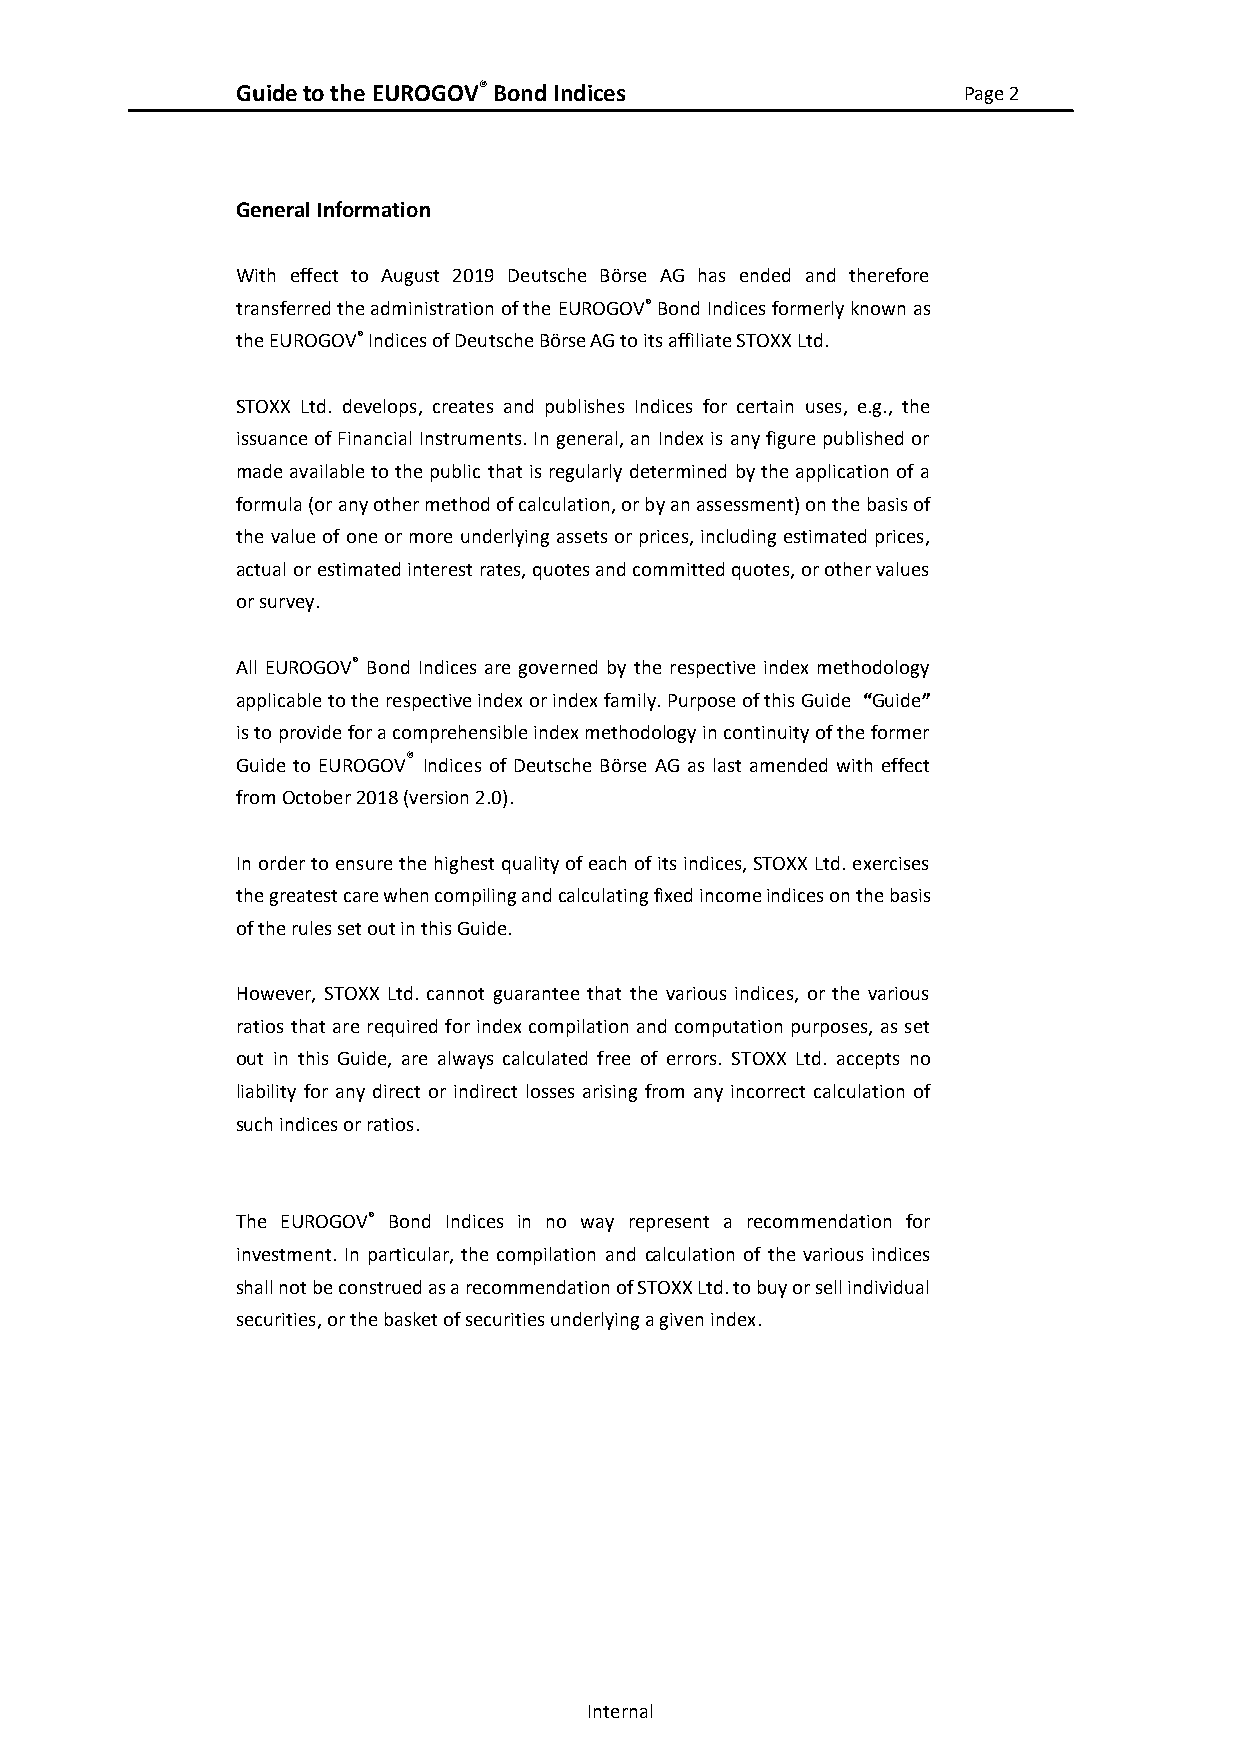
Guide to the EUROGOV® Bond Indices              Page 2
 General Information
 With effect to August 2019 Deutsche Börse AG has ended and therefore
 transferred the administration of the EUROGOV® Bond Indices formerly known as
 the EUROGOV® Indices of Deutsche Börse AG to its affiliate STOXX Ltd.
 STOXX Ltd. develops, creates and publishes Indices for certain uses, e.g., the
 issuance of Financial Instruments. In general, an Index is any figure published or
 made available to the public that is regularly determined by the application of a
 formula (or any other method of calculation, or by an assessment) on the basis of
 the value of one or more underlying assets or prices, including estimated prices,
 actual or estimated interest rates, quotes and committed quotes, or other values
 or survey.
 All EUROGOV® Bond Indices are governed by the respective index methodology
 applicable to the respective index or index family. Purpose of this Guide “Guide”
 is to provide for a comprehensible index methodology in continuity of the former
 Guide to EUROGOV® Indices of Deutsche Börse AG as last amended with effect
 from October 2018 (version 2.0).
 In order to ensure the highest quality of each of its indices, STOXX Ltd. exercises
 the greatest care when compiling and calculating fixed income indices on the basis
 of the rules set out in this Guide.
 However, STOXX Ltd. cannot guarantee that the various indices, or the various
 ratios that are required for index compilation and computation purposes, as set
 out in this Guide, are always calculated free of errors. STOXX Ltd. accepts no
 liability for any direct or indirect losses arising from any incorrect calculation of
 such indices or ratios.
 The EUROGOV® Bond Indices in no way represent a recommendation for
 investment. In particular, the compilation and calculation of the various indices
 shall not be construed as a recommendation of STOXX Ltd. to buy or sell individual
 securities, or the basket of securities underlying a given index.
 Internal